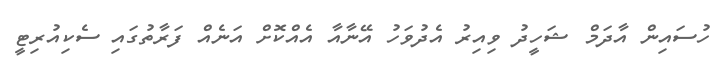
ހުސައިން އާދަމް ޝަހީދު ވިއިރު އެދުވަހު އޭނާއާ އެއްކޮށް އަނެއް ފަރާތުގައި ސެކިއުރިޓީ